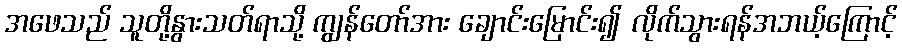
အဖေသည် သူတို့နွားသတ်ရာသို့ ကျွန်တော်အား ချောင်းမြောင်း၍ လိုက်သွားရန်အဘယ့်ကြောင့်